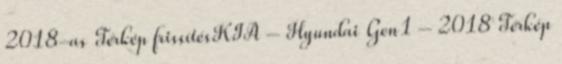
2018-as Térkép frissítésKIA – Hyundai Gen1 – 2018 Térkép